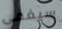
سيغمى